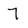
Character: 7